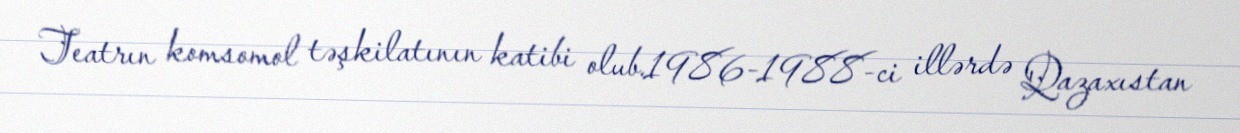
Teatrın komsomol təşkilatının katibi olub.1986-1988-ci illərdə Qazaxıstan